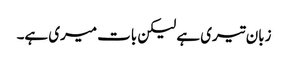
زبان تیری ہے لیکن بات میری ہے۔